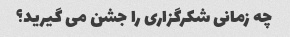
چه زمانی شکرگزاری را جشن می گیرید؟